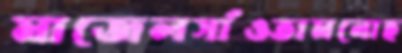
মাজেলসাঁওতামনোহ